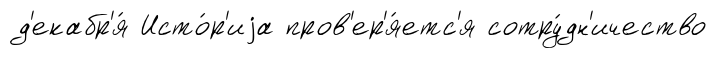
д'екабр'я́ Исто́р'иjа пров'ер'я́етс'я сотру́дн'ичество